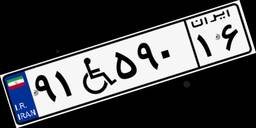
۹۱W۵۹۰۱۶